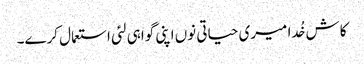
کاش خُدا میری حیاتی نوں اپنی گواہی لئی استعمال کرے۔